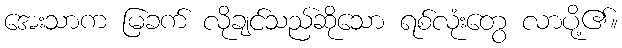
အေးသာက မြခက် လိုချင်သည်ဆိုသော ရစ်လုံးတွေ လာပို့၏။